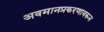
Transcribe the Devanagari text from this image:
अवमानप्रकरणावरून